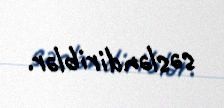
səsləndiriblər.